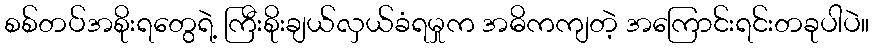
စစ်တပ်အစိုးရတွေရဲ့ ကြီးစိုးချယ်လှယ်ခံရမှုက အဓိကကျတဲ့ အကြောင်းရင်းတခုပါပဲ။